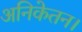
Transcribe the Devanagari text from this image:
अनिकेतन।